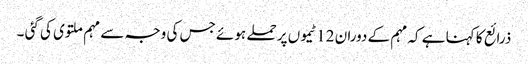
ذرائع کا کہنا ہے کہ مہم کے دوران 12 ٹیموں پر حملے ہوئے جس کی وجہ سے مہم ملتوی کی گئی ۔